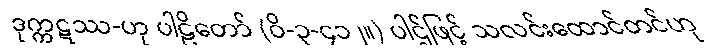
ဒုက္ကဋဿ-ဟု ပါဠိတော် (ဝိ-၃-၄၁၂။) ပါဌ်ဖြင့် သလင်းထောင်တင်ဟု